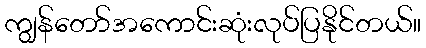
ကျွန်တော်အကောင်းဆုံးလုပ်ပြနိုင်တယ်။